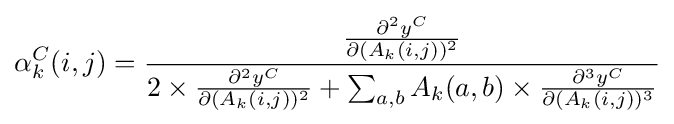
\alpha _{k}^{C}(i,j)={\frac {\frac {\partial ^{2}y^{C}}{\partial (A_{k}(i,j))^{2}}}{2\times {\frac {\partial ^{2}y^{C}}{\partial (A_{k}(i,j))^{2}}}+\sum _{a,b}A_{k}(a,b)\times {\frac {\partial ^{3}y^{C}}{\partial (A_{k}(i,j))^{3}}}}}